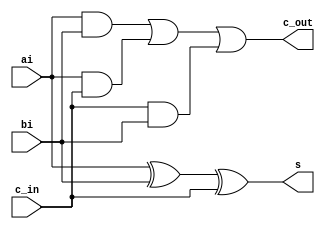
module FA(ai, bi, c_in, s, c_out);
    input ai, bi, c_in;
    output s, c_out;
    assign s = ai^bi^c_in;
    assign c_out = (ai&bi)|(ai&c_in)|(c_in&bi);

endmodule

module Adder(a, b, c_in, s, c_out);
    input [3:0] a;
    input [3:0] b;
    input c_in;
    output [3:0] s;
    output [3:0] c_out;
    wire c0, c1, c2, c3;

    FA f0(a[0], b[0], c_in, s[0], c0);
    FA f1(a[1], b[1], c0, s[1], c1);
    FA f2(a[2], b[2], c1, s[2], c2);
    FA f3(a[3], b[3], c2, s[3], c3);
    assign c_out[0] = c0;
    assign c_out[1] = c1;
    assign c_out[2] = c2;
    assign c_out[3] = c3;
endmodule

module flipflop(Clock, D, Reset_b, Q, B);
    input Clock, Reset_b;
    input [7:0]D;
    output reg [7:0]Q;
    output [3:0]B;

    always @(posedge Clock)
    begin 
        if(Reset_b == 1'b0) 
            Q <= 8'b00000000; 
        else 
            Q <= D; 
    end

    assign B = Q[3:0];
endmodule

module ALU(A, B, sol, Function, Data);
    input [3:0]A;
    input [3:0]B;
    input [2:0]Function;
    input [3:0]Data;
    output reg [7:0]sol;

    wire [3:0]c_out;
    wire [3:0]s_out;
    Adder a0(Data, B, 1'b0, s_out, c_out);

    always @(*)
        begin
            case(Function[2:0])
                3'b000: sol = {3'b000, c_out[3], s_out};
                3'b001: sol = A+B;
                3'b010: sol = {B[3],B[3],B[3],B[3],B};
                3'b011: sol = {7'b0000000,|{A,B}};
                3'b100: sol = {7'b0000000,&{A,B}};
                3'b101: sol = B<<A;
                3'b110: sol = A*B;
                3'b111: sol = sol;
                default: sol = 8'b00000000;
            endcase
        end
endmodule

module part2(Clock, Reset_b, Data, Function, ALUout);
    input Clock, Reset_b;
    input [3:0]Data;
    input [2:0] Function;
    output [7:0]ALUout;

    //Initiate wires
    wire [3:0]B;
    wire [3:0]A;
    assign A = Data;
    assign B = ALUout[3:0];
    wire [7:0]sol;

    //Instantiate modules 
    ALU alu0(.A(A), .B(B), .sol(sol), .Function(Function), .Data(Data));
    flipflop f0(.Clock(Clock), .D(sol), .Reset_b(Reset_b), .Q(ALUout), .B(B));
endmodule